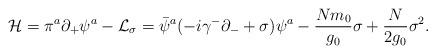
LaTeX: \begin{align*}{\cal H}=\pi^a\partial_+\psi^a-{\cal L}_{\sigma}=\bar \psi^a(-i\gamma^-\partial_-+\sigma)\psi^a-{Nm_0 \over g_0}\sigma+{N \over 2g_0}\sigma^2.\end{align*}